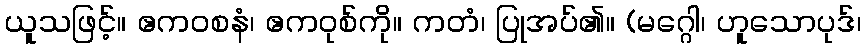
ယူသဖြင့်။ ဧကဝစနံ၊ ဧကဝုစ်ကို။ ကတံ၊ ပြုအပ်၏။ (မဂ္ဂေါ၊ ဟူသောပုဒ်၊